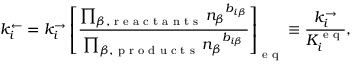
k _ { i } ^ { \leftarrow } = k _ { i } ^ { \rightarrow } \left[ \frac { \prod _ { \beta , \textrm { r e a c t a n t s } } { n _ { \beta } } ^ { b _ { i \beta } } } { \prod _ { \beta , \textrm { p r o d u c t s } } { n _ { \beta } } ^ { b _ { i \beta } } } \right] _ { \textrm { e q } } \equiv \frac { k _ { i } ^ { \rightarrow } } { K _ { i } ^ { \textrm { e q } } } ,